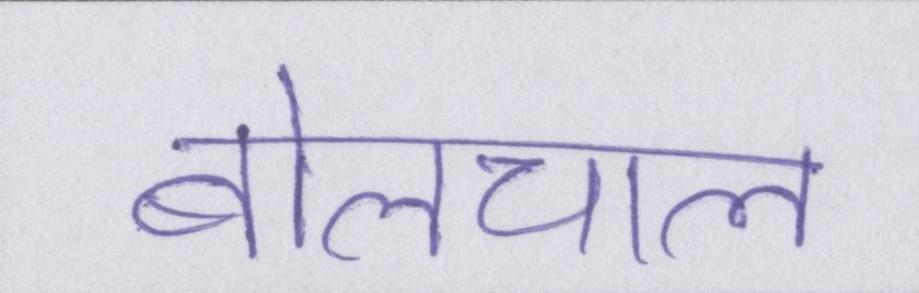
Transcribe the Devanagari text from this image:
बोलचाल